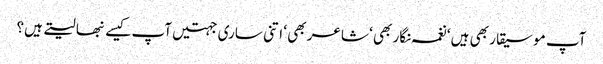
آپ موسیقار بھی ہیں ‘ نغمہ نگار بھی ‘ شاعر بھی ‘ اتنی ساری جہتیں آپ کیسے نبھا لیتے ہیں؟